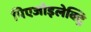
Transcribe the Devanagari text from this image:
पिएजोइलेक्ट्रि